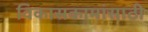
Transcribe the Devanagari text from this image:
विकासकामांसाठी